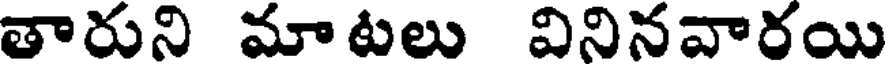
తారుని మాటలు వినినవారయి